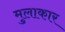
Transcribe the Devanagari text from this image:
मुलाकार